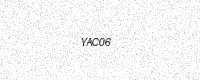
Text: YAC06